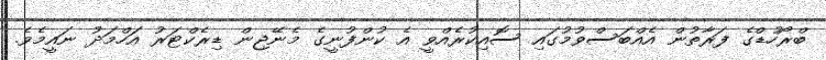
ބްރޯހުޑްގެ ފަރާތުން އެއްބަސްވުމުގައި ސޮއިކުރެއްވީ އެ ކުންފުނީގެ މެނޭޖިން ޑިރެކްޓަރު އަހްމަދު ނައީމެވެ.